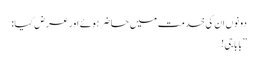
دونوں ان کی خدمت میں حاضر ہوئے اور عرض کیا:
”بابا جی!